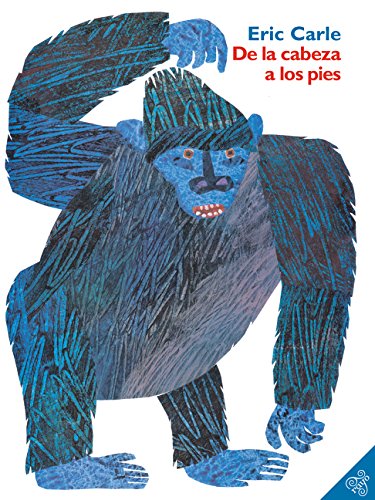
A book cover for De la cabeza a los pies (From Head to Toe, Spanish Edition); Eric Carle; Health, Fitness & Dieting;